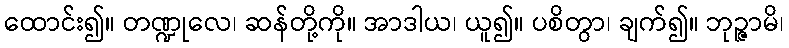
ထောင်း၍။ တဏ္ဍုလေ၊ ဆန်တို့ကို။ အာဒါယ၊ ယူ၍။ ပစိတွာ၊ ချက်၍။ ဘုဉ္ဇာမိ၊